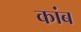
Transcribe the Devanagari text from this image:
कांब